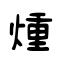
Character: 煄